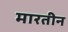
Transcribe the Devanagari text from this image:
मारतीन